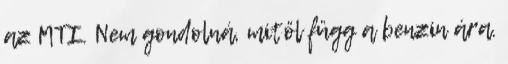
az MTI. Nem gondolná, mitől függ a benzin ára.